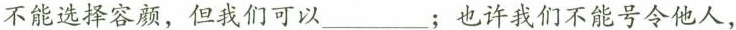
不能选择容颜，但我们可以___；也许我们不能号令他人，